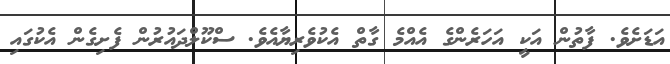
އަޑަށެވެ. ފާތުން އަކީ އަހަރެންގެ އެއްމެ ގާތް އެކުވެރިޔާއެވެ. ސްކޫލްދައުރުން ފެށިގެން އެކުގައި